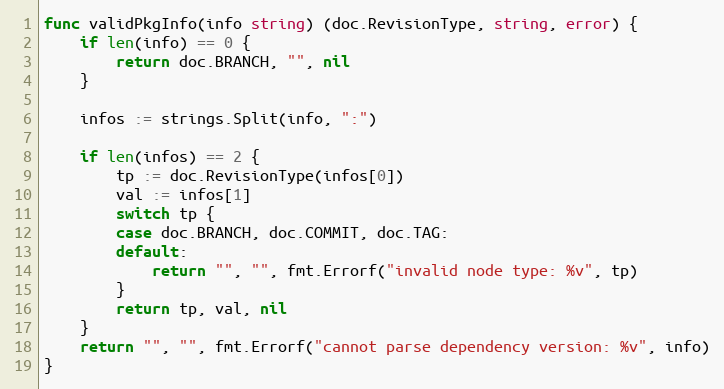
Language: Go
func validPkgInfo(info string) (doc.RevisionType, string, error) {
	if len(info) == 0 {
		return doc.BRANCH, "", nil
	}

	infos := strings.Split(info, ":")

	if len(infos) == 2 {
		tp := doc.RevisionType(infos[0])
		val := infos[1]
		switch tp {
		case doc.BRANCH, doc.COMMIT, doc.TAG:
		default:
			return "", "", fmt.Errorf("invalid node type: %v", tp)
		}
		return tp, val, nil
	}
	return "", "", fmt.Errorf("cannot parse dependency version: %v", info)
}